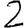
Digit: 2